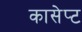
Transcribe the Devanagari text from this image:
कासेप्ट